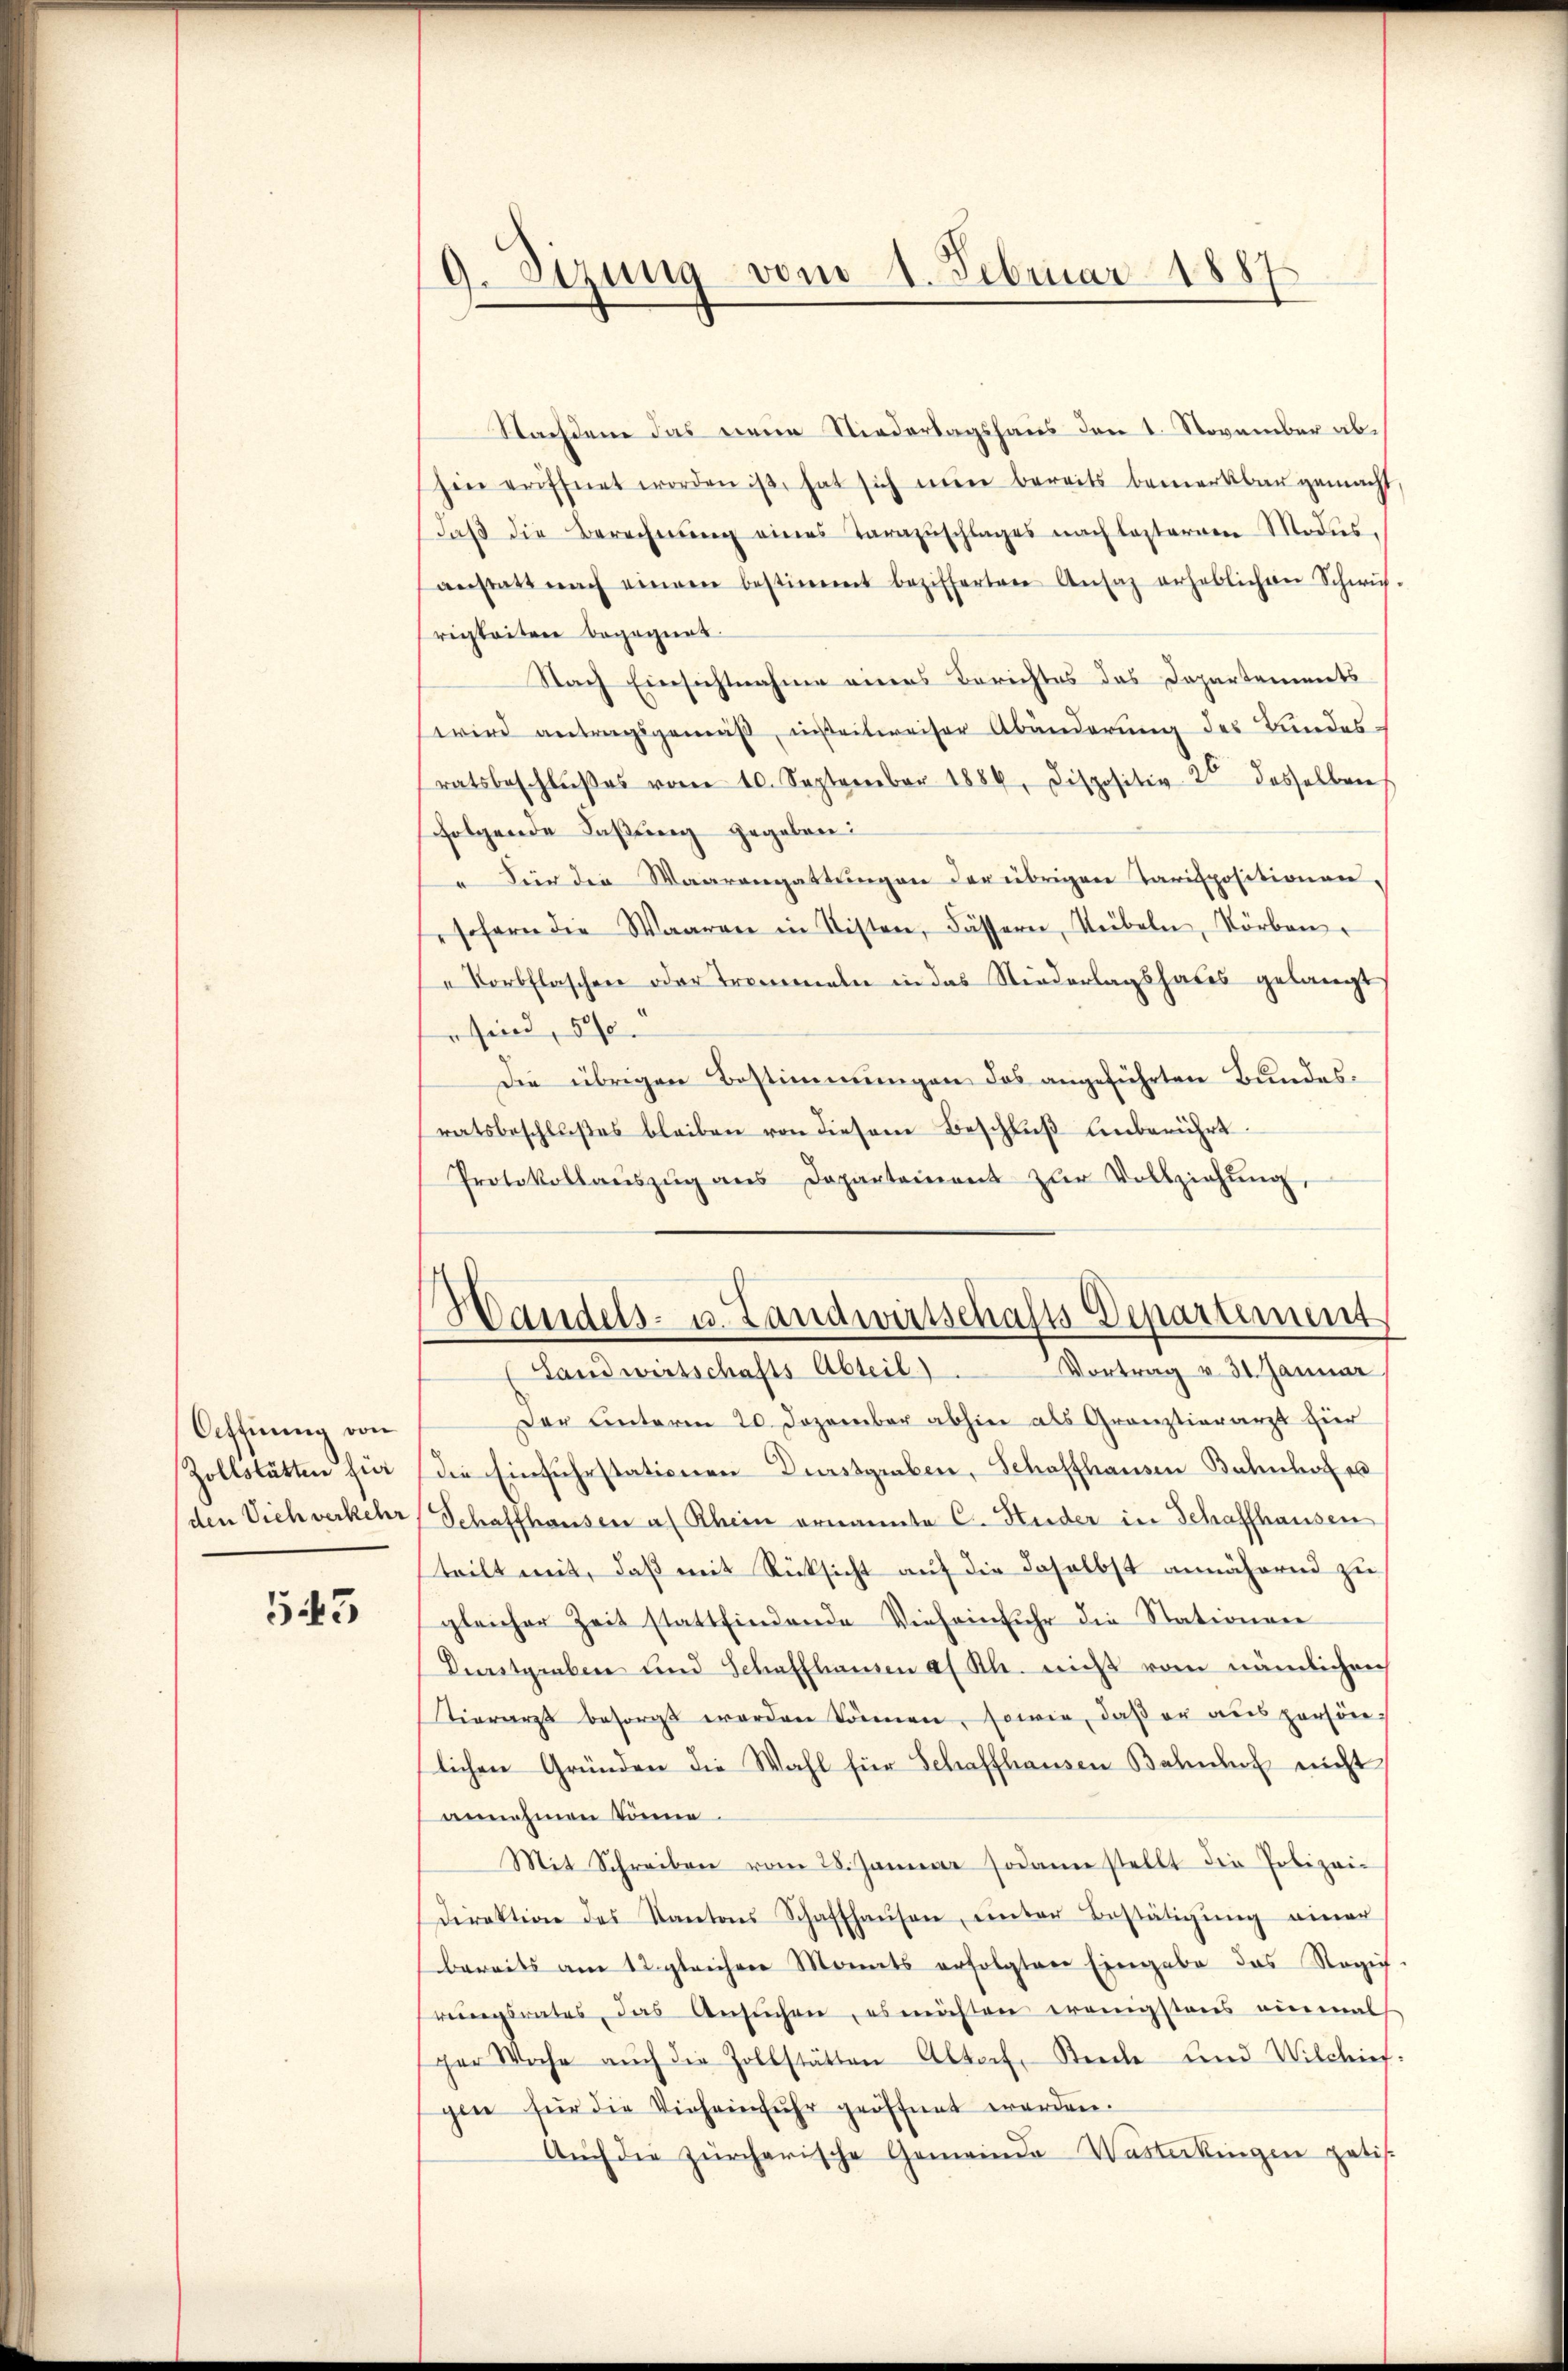
Offnung von
Zollstätten für
den Dich verkehr

543

9. Sitzung vom 1. Februar 1887

Nachdem das neue Niederlagshaus den 1. November abhin eröffnet worden ist, hat sich nun bereits bemerkbar gemacht
daβ die Berechnŭng eines Tarazŭschlages nach lasterren Modesanstatt nach einem bestimmt bezifferten Ansaz erheblichen Schwis-
rigkeitere begegnet
Nach Einsichtnahme eines Berichtes das Departements
wird antragsgemäß, inteilweiser Abänderung des Bundesratsbeschlŭβes vom 10. September 1884, dispositiv 20 desselben
folgende Faßung gegeben:
 Für die Waarengattŭngen der übrigen Tarispositionen,
sofern die Waaren in Listen, Fässern, Kübeln, Körben.
Korbflaschen oder Tremmeln in das Niederlagshales gelangt
sind, 500
Die übrigen Bestimmungen das angeführten Bundesratsbeschlŭβes bleiben von diesem Beschlŭβ anberührt.
Protokollaŭszŭg ans Departement zŭr Vollziehŭng,
Handels- u. Landwirtschafts-Departement
Vortrag v. 31. Januar
Landwirtschafts-Abteil).
Der Unterm 20. Dezember abhin als Granztierarzt für
die Einfuhrstationen Durstgruben, Schaffhausen Bahnhofes
Schaffhausen a. Rhein ernannte C. Huder in Schaffhausen
teilt mit, daß mit Rücksicht auf die daselbst annähernd zu
gleicher Zeit stattfindende Vieheinfuhr die Stationen
Durstgraben und Schaffhausen a. Rh. nicht vom nämlichen
Tierarzt besorgt worden können, sowie, daß er aus persön-
lichen Gründen die Wahl für Schaffhausen Bahnhof nicht
annehmen könne.
Mit Schreiben vom 28. Januar sodann stellt die Polizei-
Direktion des Kantons Schaffhaŭsen, ŭnter Bestätigŭng einer
bereits am 12 gleicher Monats erfolgten Eingabe das Regie-
reiungsrates, das Ansŭchen, es möchten wenigstens einmal
ger Woche aŭch die Zollstätten Altorf, Seele und Wilchief
gen für die Vieheinfuhr geöffnet werden.
Aŭch die zürcherische Gemeinde Wasterkingen patis.